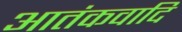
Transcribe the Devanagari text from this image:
आतंकवादि